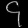
Digit: ၄